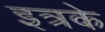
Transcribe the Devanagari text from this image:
इत्रके